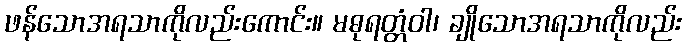
ဖန်သောအရသာကိုလည်းကောင်း။ မဓုရတ္တံဝါ၊ ချိုသောအရသာကိုလည်း